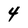
Character: 4